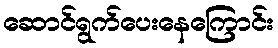
ဆောင်ရွက်ပေးနေကြောင်း